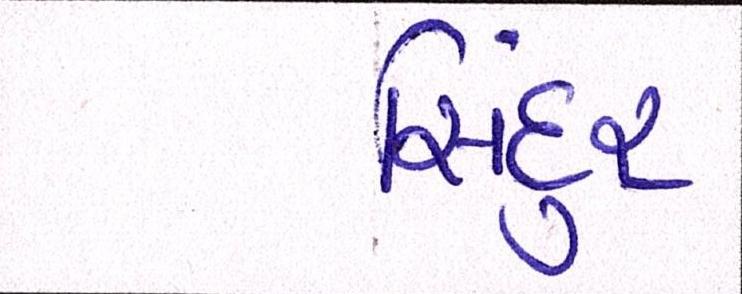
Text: સિંદુર